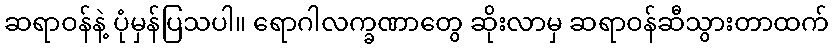
ဆရာဝန်နဲ့ ပုံမှန်ပြသပါ။ ရောဂါလက္ခဏာတွေ ဆိုးလာမှ ဆရာဝန်ဆီသွားတာထက်